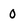
Character: 0